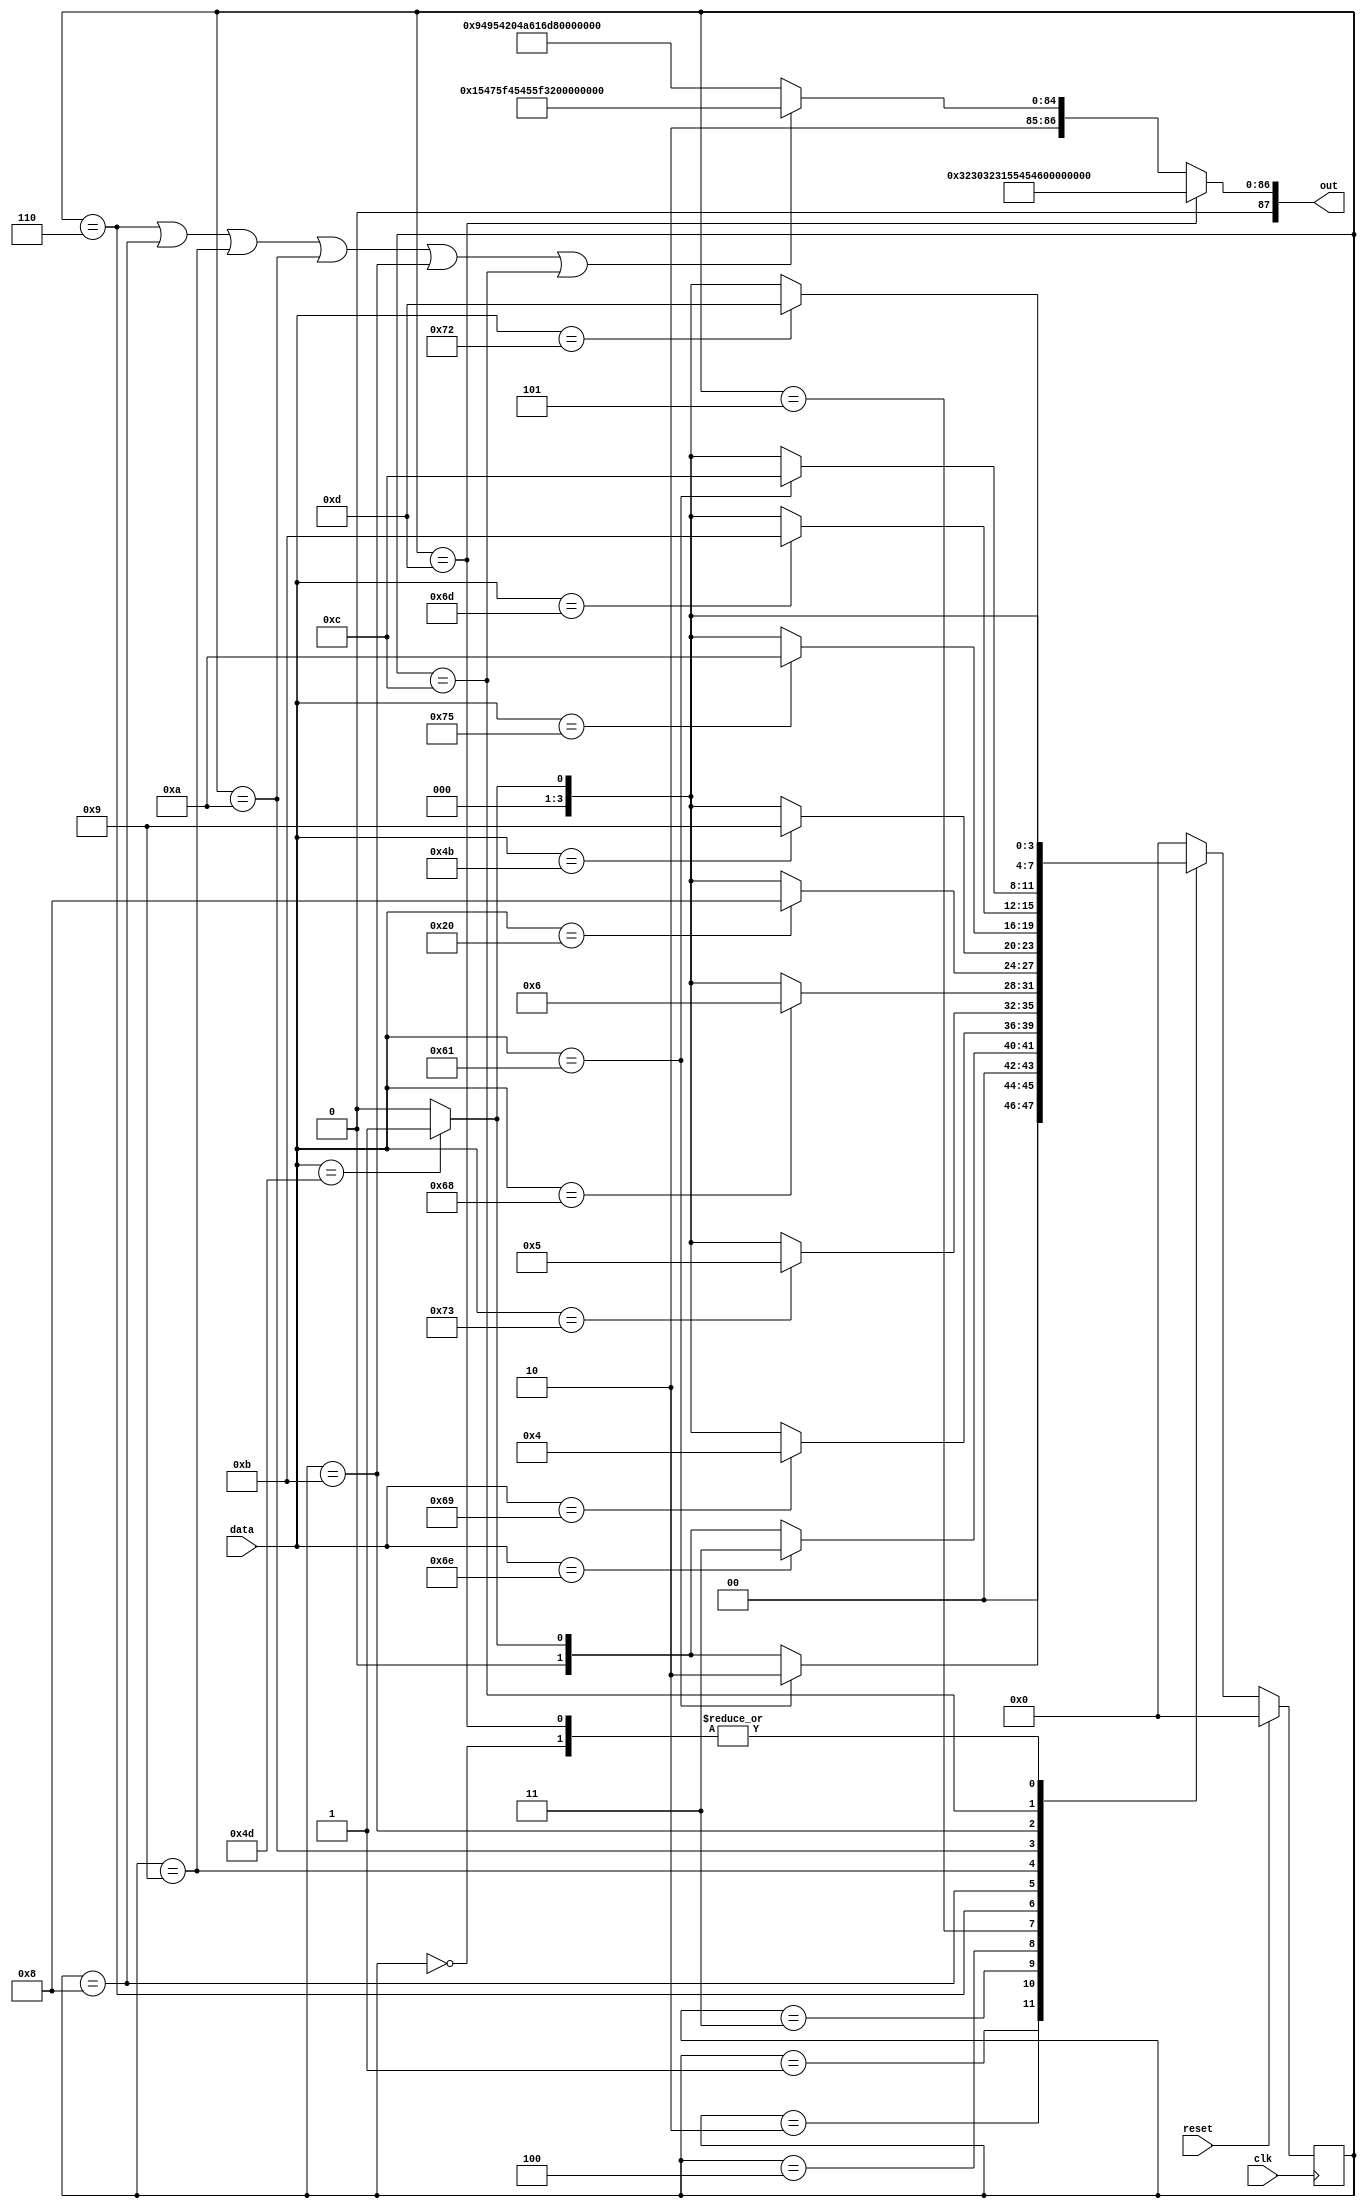
`timescale 1ns / 1ps
//////////////////////////////////////////////////////////////////////////////////
// Company: IIT Jammu
// Contact details: 2021uee0146@iitjammu.ac.in
//
// Design Name: Name Detector using Verilog
// Module Name: Name_Detector2
// 
// Revision:
// Revision 0.01 - File Created
// Additional Comments:
// 
//////////////////////////////////////////////////////////////////////////////////



module Name_Detector2(
input clk, 
input reset,
  input [7:0] data, // ASCII Input
  output [87:0] out // 11 letters output in ASCII format
    );
    
    parameter s0 = 4'd0, // States for state transitions
     s1 = 4'd1, 
     s2 = 4'd2, 
     s3 = 4'd3, 
     s4 = 4'd4, 
     s5 = 4'd5, 
     s6 = 4'd6, 
     s8 = 4'd8, 
     s9 = 4'd9, 
     s10 = 4'd10, 
     s11 = 4'd11, 
     s12 = 4'd12, 
     s13 = 4'd13; // completely detected
     
     reg [3:0] cs, ns;
     
     
     assign out = (cs == s13) ?
     {88'b0011001000110000001100100011000101010101010001010100010100110000001100010011010000110110}: // 2021UEE0146
                  (cs == s6 || cs == s8 || cs == s9 || cs == s10 || cs == s11 || cs == s12) ?
     {80'b01010101010001110101111101000101010001010101111100110010001100000011001000110001, 8'b0}: // UG_EE_2021
     {72'b010010010100100101010100001000000100101001100001011011010110110101110101, 16'd0}; // IIT Jammu
                  
     
     
     always @(posedge clk) begin
        if(reset) cs <= s0;
        else cs <= ns;
     end
     
     always@(cs, data)  begin
        case(cs)
            s0 : ns <= (data == 8'd77)? s1:s0; // M
            
            s1 : begin
                if (data == 8'd97) ns = s2;  // Ma
                else if (data == 8'd77) ns = s1;  // M
                else ns <= s0;  // Nothing
            end
            
            s2 : begin
                if (data == 8'd110) ns = s3;  // Man
                else if (data == 8'd77) ns = s1;  // M
                else ns <= s0;  // Nothing
            end
            
            s3 : begin
                if(data == 8'd105) ns = s4;  // Mani
                else if (data == 8'd77) ns = s1;  // M
                else ns <= s0;  // Nothing
            end
            
            s4 : begin
                if(data == 8'd115) ns = s5;  // Manis
                else if (data == 8'd77) ns = s1;  // M
                else ns <= s0;  // Nothing
            end
            
            s5 : begin
                if(data == 8'd104) ns = s6;  // Manish   (Output should be batch)
                else if (data == 8'd77) ns = s1;  // M
                else ns <= s0;  // Nothing
            end
            
            s6 : begin
                if(data == 8'd32) ns = s8;  // Manish(space) (Output should be batch)
                else if (data == 8'd77) ns = s1; // M
                else ns <= s0;  // Nothing 
            end
            
            s8 : begin
                if(data == 8'd75) ns = s9;  // Manish K  (Output should be batch)
                else if (data == 8'd77) ns = s1;  // M
                else ns <= s0;
            end
            
            s9 : begin
                if(data == 8'd117) ns = s10;  // Manish Ku
                else if (data == 8'd77) ns = s1;  // M
                else ns <= s0;
            end
            
            s10 : begin
                if(data == 8'd109) ns = s11;  // Manish Kum
                else if (data == 8'd77) ns = s1;  // M
                else ns <= s0;
            end
            
            s11 : begin
                if(data == 8'd97) ns = s12; // Manish Kuma
                else if (data == 8'd77) ns = s1; // M
                else ns <= s0;
            end
            
            s12 : begin
                if(data == 8'd114) ns = s13;  // Manish Kumar
                else if (data == 8'd77) ns = s1;  // M
                else ns <= s0;
            end
            
            s13 : begin
                if(data == 8'd77) ns = s1;  // M
                else ns <= s0;
            end
            
            default: 
                ns <= s0; 
        endcase
     end
endmodule